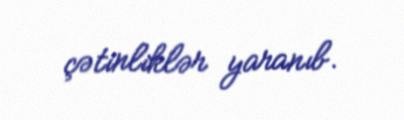
çətinliklər yaranıb.